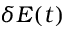
\delta E ( t )